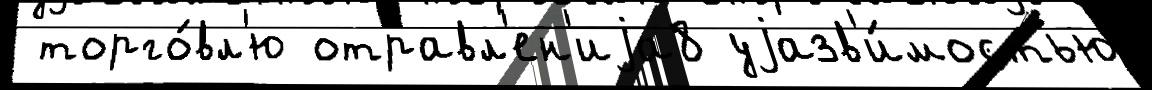
 торго́вл'ю отравл'ен'иjа8 уjазв'и́мостью